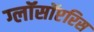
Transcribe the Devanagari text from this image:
ग्लॉसॉप्टरिस